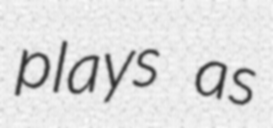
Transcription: plays as